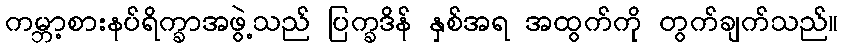
ကမ္ဘာ့စားနပ်ရိက္ခာအဖွဲ့သည် ပြက္ခဒိန် နှစ်အရ အထွက်ကို တွက်ချက်သည်။